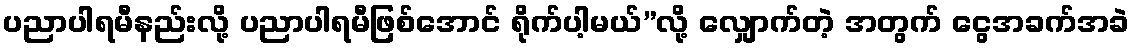
ပညာပါရမီနည်းလို့ ပညာပါရမီဖြစ်အောင် ရိုက်ပါ့မယ်”လို့ လျှောက်တဲ့ အတွက် ငွေအခက်အခဲ